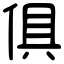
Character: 俱